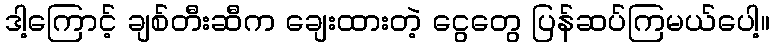
ဒါ့ကြောင့် ချစ်တီးဆီက ချေးထားတဲ့ ငွေတွေ ပြန်ဆပ်ကြမယ်ပေါ့။